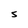
Character: S